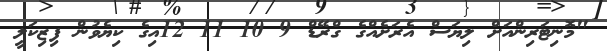
"މޮނިޓަރިންއަށް ލިޔަސް އެރަށެއްގެ ގްރޭޑް 9 10 11 12އިގެ ކިޔެވުން ފިިިޒިކަލީ